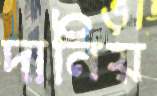
দানিয়